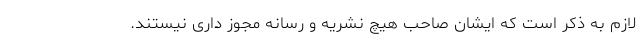
لازم به ذكر است که ایشان صاحب هیچ نشریه و رسانه مجوز داری نیستند.